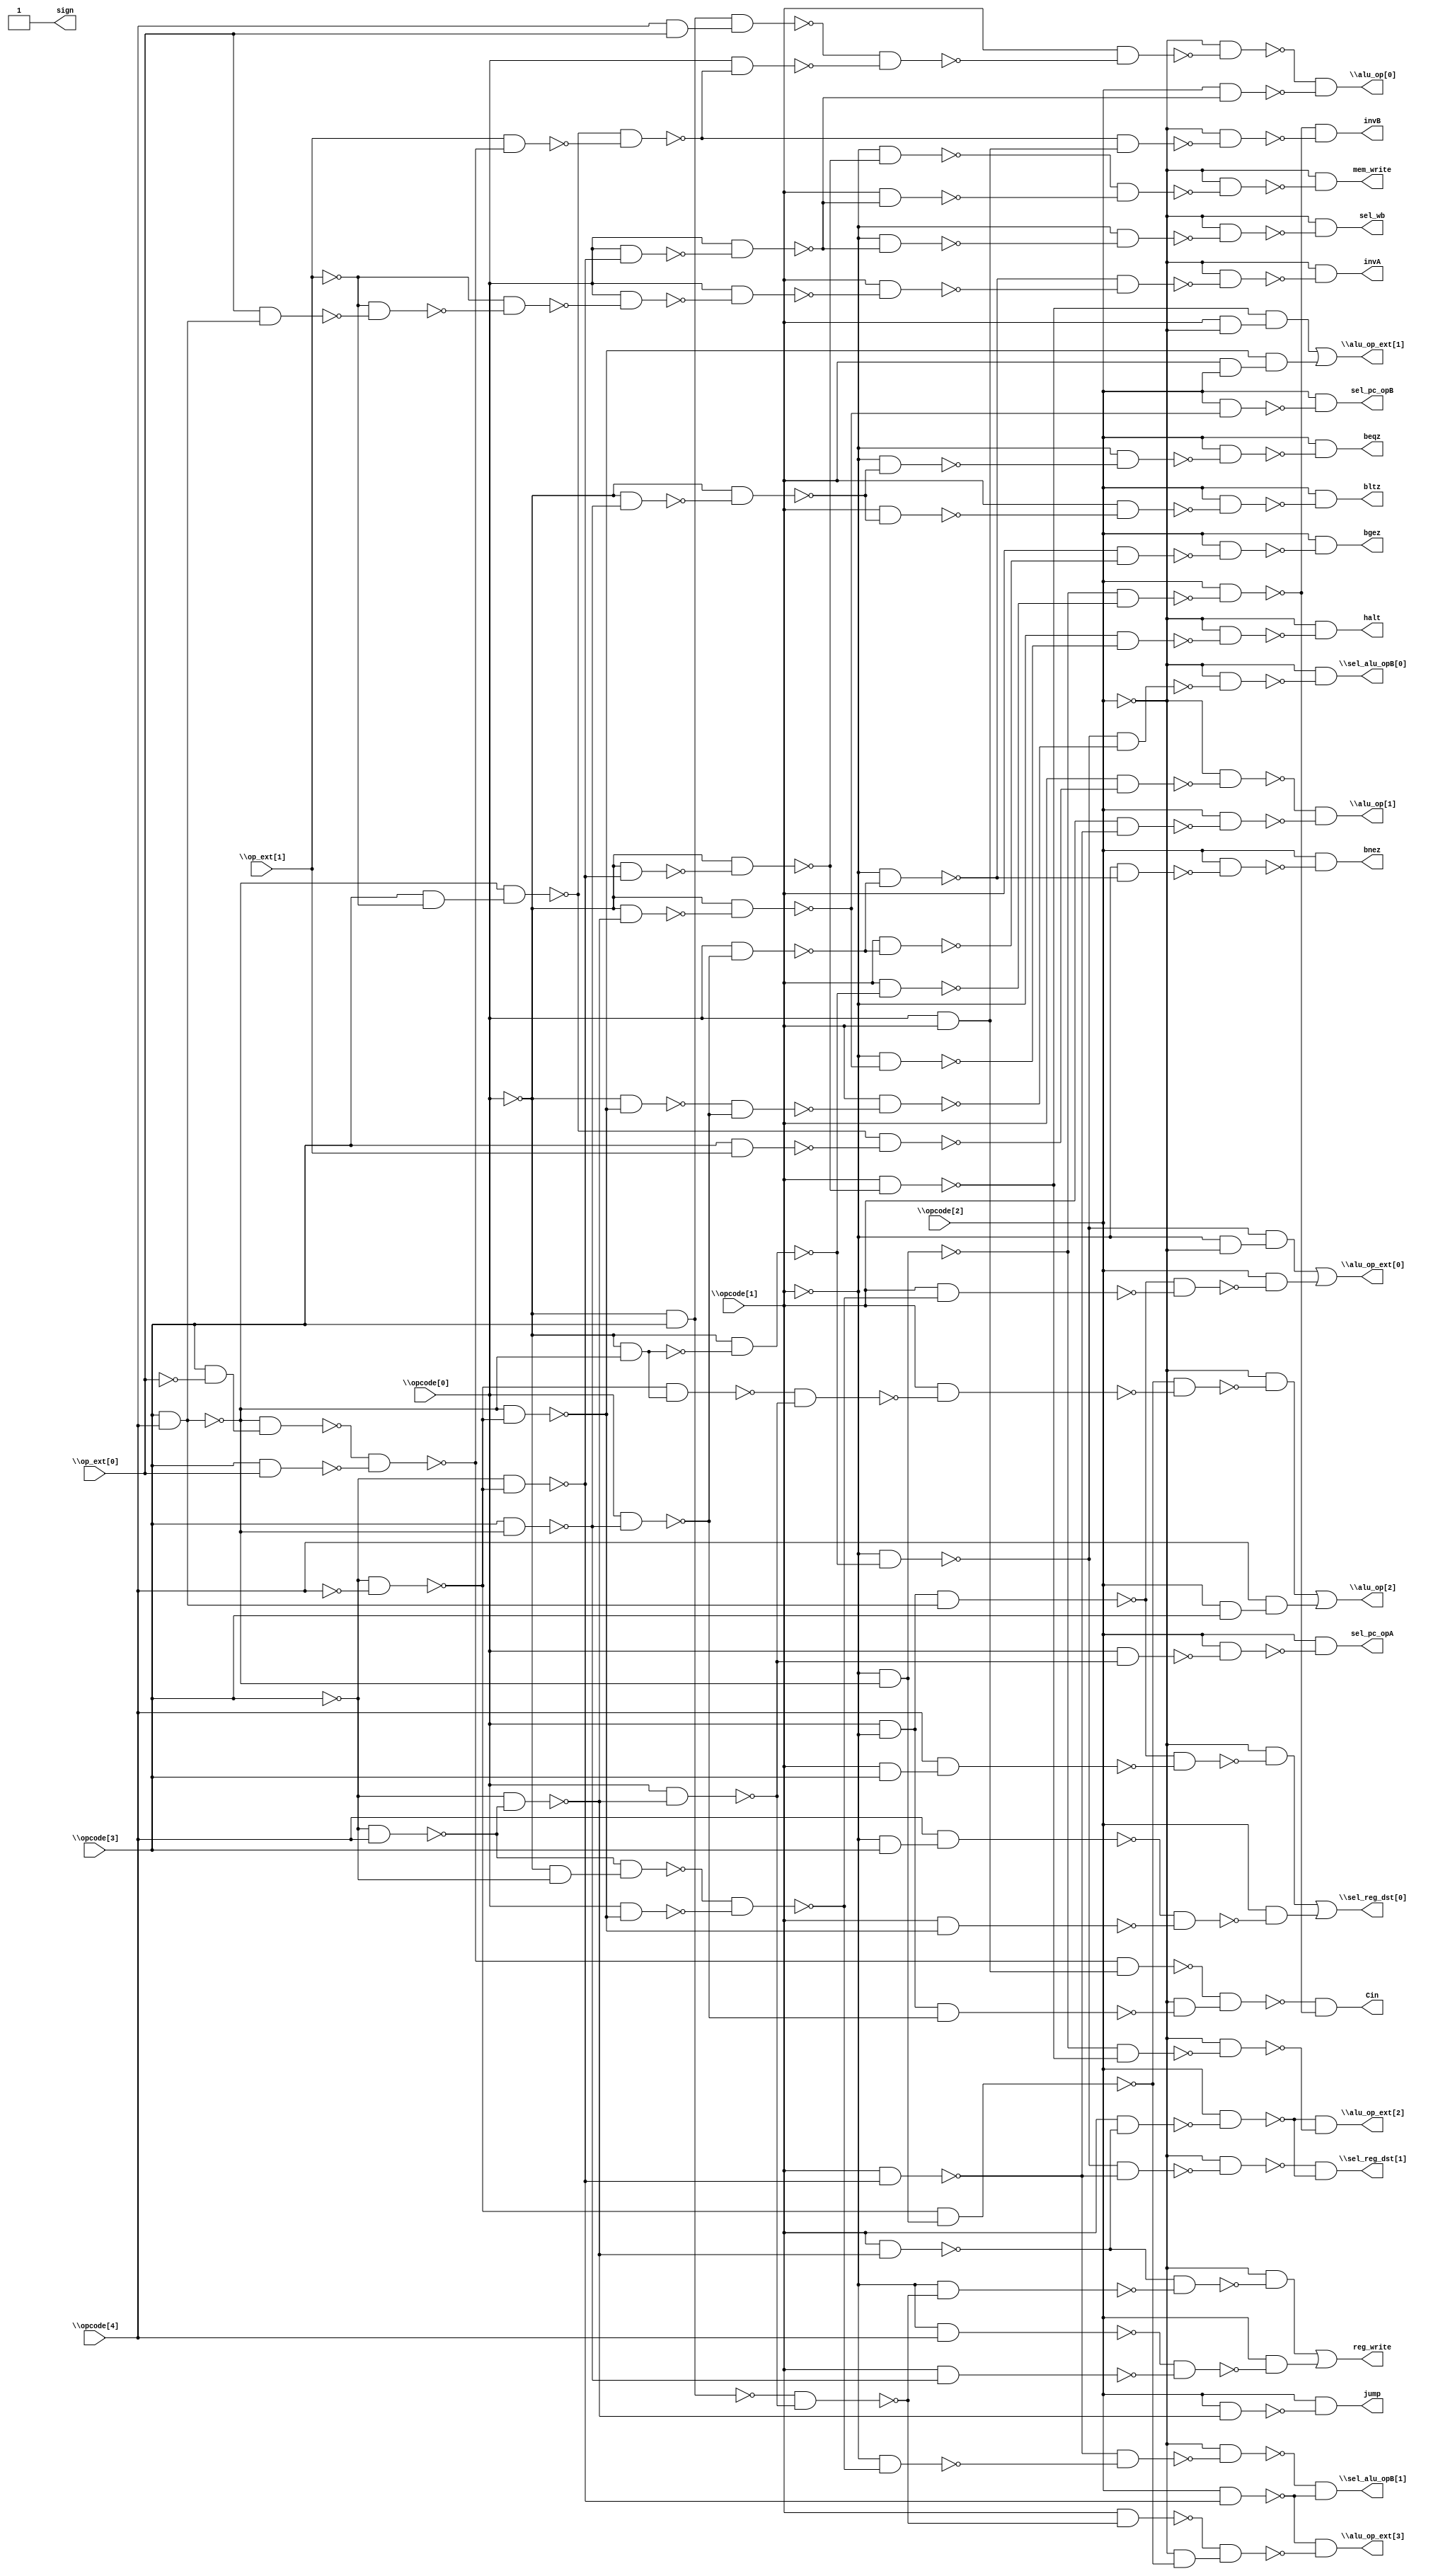
// This program was cloned from: https://github.com/circuitgraph/circuitgraph
// License: MIT License


// Generated by Cadence Genus(TM) Synthesis Solution 16.22-s033_1
// Generated on: Jan 17 2020 11:31:37 EST (Jan 17 2020 16:31:37 UTC)

// Verification Directory fv/ctrl

module ctrl(\opcode[0] , \opcode[1] , \opcode[2] , \opcode[3] ,
     \opcode[4] , \op_ext[0] , \op_ext[1] , \sel_reg_dst[0] ,
     \sel_reg_dst[1] , \sel_alu_opB[0] , \sel_alu_opB[1] , \alu_op[0] ,
     \alu_op[1] , \alu_op[2] , \alu_op_ext[0] , \alu_op_ext[1] ,
     \alu_op_ext[2] , \alu_op_ext[3] , halt, reg_write, sel_pc_opA,
     sel_pc_opB, beqz, bnez, bgez, bltz, jump, Cin, invA, invB, sign,
     mem_write, sel_wb);
  input \opcode[0] , \opcode[1] , \opcode[2] , \opcode[3] , \opcode[4]
       , \op_ext[0] , \op_ext[1] ;
  output \sel_reg_dst[0] , \sel_reg_dst[1] , \sel_alu_opB[0] ,
       \sel_alu_opB[1] , \alu_op[0] , \alu_op[1] , \alu_op[2] ,
       \alu_op_ext[0] , \alu_op_ext[1] , \alu_op_ext[2] ,
       \alu_op_ext[3] , halt, reg_write, sel_pc_opA, sel_pc_opB, beqz,
       bnez, bgez, bltz, jump, Cin, invA, invB, sign, mem_write, sel_wb;
  wire \opcode[0] , \opcode[1] , \opcode[2] , \opcode[3] , \opcode[4] ,
       \op_ext[0] , \op_ext[1] ;
  wire \sel_reg_dst[0] , \sel_reg_dst[1] , \sel_alu_opB[0] ,
       \sel_alu_opB[1] , \alu_op[0] , \alu_op[1] , \alu_op[2] ,
       \alu_op_ext[0] , \alu_op_ext[1] , \alu_op_ext[2] ,
       \alu_op_ext[3] , halt, reg_write, sel_pc_opA, sel_pc_opB, beqz,
       bnez, bgez, bltz, jump, Cin, invA, invB, sign, mem_write, sel_wb;
  wire n35, n36, n37, n38, n39, n40, n41, n42;
  wire n43, n44, n45, n46, n47, n48, n50, n51;
  wire n52, n53, n54, n55, n56, n57, n58, n59;
  wire n60, n61, n63, n64, n65, n66, n67, n68;
  wire n69, n71, n72, n73, n74, n75, n76, n77;
  wire n78, n80, n81, n82, n83, n84, n85, n86;
  wire n87, n88, n89, n90, n91, n92, n93, n94;
  wire n95, n96, n97, n99, n100, n101, n102, n103;
  wire n104, n106, n107, n108, n109, n110, n111, n112;
  wire n113, n114, n115, n117, n118, n119, n120, n121;
  wire n123, n124, n125, n126, n127, n128, n129, n131;
  wire n132, n134, n135, n136, n137, n139, n140, n141;
  wire n142, n143, n145, n146, n147, n148, n149, n150;
  wire n151, n153, n154, n156, n158, n159, n160, n161;
  wire n162, n164, n165, n166, n167, n169, n170, n171;
  wire n173, n174, n175, n177, n179, n180, n181, n182;
  wire n183, n184, n185, n186, n188, n189, n190, n191;
  wire n192, n193, n194, n195, n197, n198, n200, n201;
  wire n202, n203, n205, n206, n207, n_4, n_7, n_8;
  wire n_10, n_11, n_12, n_13, n_14, n_15, n_16, n_17;
  wire n_18, n_19, n_20, n_21, n_22, n_23, n_24, n_25;
  wire n_26, n_27, n_28, n_29, n_30, n_31, n_32, n_33;
  wire n_34, n_35, n_36, n_37, n_38, n_39, n_40, n_41;
  wire n_42, n_43, n_44, n_45, n_46, n_49, n_50, n_51;
  wire n_52, n_53, n_54, n_55, n_56, n_57, n_58, n_59;
  wire n_60, n_61, n_62, n_63, n_64, n_65, n_66, n_67;
  wire n_68, n_69, n_70, n_71, n_72, n_73, n_74, n_75;
  wire n_76, n_77, n_78, n_79, n_80, n_81, n_82, n_83;
  wire n_84, n_85, n_86, n_87, n_88, n_89, n_90, n_91;
  wire n_92, n_93, n_94, n_95, n_96, n_97, n_98, n_99;
  wire n_100, n_101, n_102, n_103, n_104, n_105, n_106, n_107;
  wire n_108, n_109, n_110, n_111, n_112, n_113, n_114, n_115;
  wire n_116, n_117, n_118, n_119, n_120, n_121, n_122, n_123;
  wire n_124, n_125, n_126, n_127, n_128, n_129, n_130, n_131;
  wire n_132, n_133, n_134, n_135, n_136, n_137, n_138, n_139;
  wire n_140;
  assign sign = 1'b1;
  not g1 (n_4, \opcode[1] );
  and g2 (n35, \opcode[0] , n_4);
  and g3 (n36, \opcode[3] , \opcode[4] );
  and g4 (n37, n35, n36);
  and g5 (n38, \opcode[1] , \opcode[3] );
  and g6 (n39, \opcode[4] , n38);
  not g7 (n_7, n37);
  not g8 (n_8, n39);
  and g9 (n40, n_7, n_8);
  not g10 (n_10, \opcode[2] );
  not g11 (n_11, n40);
  and g12 (n41, n_10, n_11);
  and g13 (n42, n_4, \opcode[3] );
  and g14 (n43, \opcode[4] , n42);
  not g15 (n_12, \opcode[3] );
  not g16 (n_13, \opcode[4] );
  and g17 (n44, n_12, n_13);
  not g18 (n_14, n36);
  not g19 (n_15, n44);
  and g20 (n45, n_14, n_15);
  not g21 (n_16, n45);
  and g22 (n46, \opcode[1] , n_16);
  not g23 (n_17, n43);
  not g24 (n_18, n46);
  and g25 (n47, n_17, n_18);
  not g26 (n_19, n47);
  and g27 (n48, \opcode[2] , n_19);
  or g28 (\sel_reg_dst[0] , n41, n48);
  not g29 (n_20, \opcode[0] );
  and g30 (n50, n_20, n_14);
  not g31 (n_21, n50);
  and g32 (n51, n_20, n_21);
  not g33 (n_22, n51);
  and g34 (n52, n_4, n_22);
  and g35 (n53, n_12, n_15);
  not g36 (n_23, n53);
  and g37 (n54, \opcode[1] , n_23);
  not g38 (n_24, n52);
  not g39 (n_25, n54);
  and g40 (n55, n_24, n_25);
  not g41 (n_26, n55);
  and g42 (n56, n_10, n_26);
  and g43 (n57, n_12, \opcode[4] );
  not g44 (n_27, n57);
  and g45 (n58, n_12, n_27);
  not g46 (n_28, n58);
  and g47 (n59, \opcode[1] , n_28);
  not g48 (n_29, n59);
  and g49 (n60, \opcode[1] , n_29);
  not g50 (n_30, n60);
  and g51 (n61, \opcode[2] , n_30);
  not g52 (n_31, n56);
  not g53 (n_32, n61);
  and g54 (\sel_reg_dst[1] , n_31, n_32);
  and g55 (n63, n_20, n_16);
  and g56 (n64, \opcode[3] , n_14);
  not g57 (n_33, n64);
  and g58 (n65, \opcode[0] , n_33);
  not g59 (n_34, n63);
  not g60 (n_35, n65);
  and g61 (n66, n_34, n_35);
  not g62 (n_36, n66);
  and g63 (n67, \opcode[1] , n_36);
  not g64 (n_37, n67);
  and g65 (n68, n_24, n_37);
  not g66 (n_38, n68);
  and g67 (n69, n_10, n_38);
  not g68 (n_39, n69);
  and g69 (\sel_alu_opB[0] , n_10, n_39);
  and g70 (n71, n_20, n_12);
  and g71 (n72, n_27, n71);
  and g72 (n73, \opcode[0] , n_16);
  not g73 (n_40, n72);
  not g74 (n_41, n73);
  and g75 (n74, n_40, n_41);
  not g76 (n_42, n74);
  and g77 (n75, n_4, n_42);
  not g78 (n_43, n75);
  and g79 (n76, n_25, n_43);
  not g80 (n_44, n76);
  and g81 (n77, n_10, n_44);
  and g82 (n78, \opcode[2] , n_23);
  not g83 (n_45, n77);
  not g84 (n_46, n78);
  and g85 (\sel_alu_opB[1] , n_45, n_46);
  and g86 (n80, n_20, \opcode[3] );
  and g87 (n81, \opcode[4] , \op_ext[0] );
  and g88 (n82, n80, n81);
  not g89 (n_49, \op_ext[1] );
  and g90 (n83, \opcode[3] , n_49);
  and g91 (n84, n_14, n83);
  not g92 (n_50, \op_ext[0] );
  and g93 (n85, \opcode[3] , n_50);
  and g94 (n86, n_14, n85);
  and g95 (n87, \opcode[3] , \op_ext[0] );
  not g96 (n_51, n86);
  not g97 (n_52, n87);
  and g98 (n88, n_51, n_52);
  not g99 (n_53, n88);
  and g100 (n89, \op_ext[1] , n_53);
  not g101 (n_54, n84);
  not g102 (n_55, n89);
  and g103 (n90, n_54, n_55);
  not g104 (n_56, n90);
  and g105 (n91, \opcode[0] , n_56);
  not g106 (n_57, n82);
  not g107 (n_58, n91);
  and g108 (n92, n_57, n_58);
  not g109 (n_59, n92);
  and g110 (n93, \opcode[1] , n_59);
  not g111 (n_60, n93);
  and g112 (n94, n_10, n_60);
  and g113 (n95, \opcode[0] , n_23);
  not g114 (n_61, n95);
  and g115 (n96, \opcode[0] , n_61);
  not g116 (n_62, n96);
  and g117 (n97, \opcode[2] , n_62);
  not g118 (n_63, n94);
  not g119 (n_64, n97);
  and g120 (\alu_op[0] , n_63, n_64);
  and g121 (n99, \opcode[3] , \op_ext[1] );
  not g122 (n_65, n99);
  and g123 (n100, n_54, n_65);
  not g124 (n_66, n100);
  and g125 (n101, \opcode[1] , n_66);
  not g126 (n_67, n101);
  and g127 (n102, n_10, n_67);
  and g128 (n103, \opcode[1] , n_25);
  not g129 (n_68, n103);
  and g130 (n104, \opcode[2] , n_68);
  not g131 (n_69, n102);
  not g132 (n_70, n104);
  and g133 (\alu_op[1] , n_69, n_70);
  and g134 (n106, n_4, n_14);
  and g135 (n107, n_15, n106);
  and g136 (n108, n_15, n50);
  and g137 (n109, \opcode[0] , n_28);
  not g138 (n_71, n108);
  not g139 (n_72, n109);
  and g140 (n110, n_71, n_72);
  not g141 (n_73, n110);
  and g142 (n111, \opcode[1] , n_73);
  not g143 (n_74, n107);
  not g144 (n_75, n111);
  and g145 (n112, n_74, n_75);
  not g146 (n_76, n112);
  and g147 (n113, n_10, n_76);
  and g148 (n114, \opcode[2] , \opcode[3] );
  and g149 (n115, \opcode[4] , n114);
  or g150 (\alu_op[2] , n113, n115);
  and g151 (n117, n_4, n_10);
  and g152 (n118, n_24, n117);
  and g153 (n119, \opcode[1] , n_42);
  not g154 (n_77, n119);
  and g155 (n120, n_7, n_77);
  not g156 (n_78, n120);
  and g157 (n121, \opcode[2] , n_78);
  or g158 (\alu_op_ext[0] , n118, n121);
  and g159 (n123, n_20, n_23);
  not g160 (n_79, n123);
  and g161 (n124, n_20, n_79);
  not g162 (n_80, n124);
  and g163 (n125, \opcode[1] , n_80);
  and g164 (n126, \opcode[1] , n_10);
  not g165 (n_81, n125);
  and g166 (n127, n_81, n126);
  and g167 (n128, \opcode[1] , \opcode[2] );
  and g168 (n129, n_16, n128);
  or g169 (\alu_op_ext[1] , n127, n129);
  not g170 (n_82, n106);
  and g171 (n131, n_82, n_81);
  not g172 (n_83, n131);
  and g173 (n132, n_10, n_83);
  not g174 (n_84, n132);
  and g175 (\alu_op_ext[2] , n_32, n_84);
  not g176 (n_85, n80);
  and g177 (n134, n_85, n_72);
  not g178 (n_86, n134);
  and g179 (n135, \opcode[1] , n_86);
  and g180 (n136, n_10, n_74);
  not g181 (n_87, n135);
  and g182 (n137, n_87, n136);
  not g183 (n_88, n137);
  and g184 (\alu_op_ext[3] , n_46, n_88);
  and g185 (n139, n_20, n_28);
  not g186 (n_89, n139);
  and g187 (n140, n_20, n_89);
  not g188 (n_90, n140);
  and g189 (n141, n_4, n_90);
  not g190 (n_91, n141);
  and g191 (n142, n_4, n_91);
  not g192 (n_92, n142);
  and g193 (n143, n_10, n_92);
  not g194 (n_93, n143);
  and g195 (halt, n_10, n_93);
  and g196 (n145, n_4, n_86);
  not g197 (n_94, n145);
  and g198 (n146, n_29, n_94);
  not g199 (n_95, n146);
  and g200 (n147, n_10, n_95);
  and g201 (n148, n_4, \opcode[4] );
  and g202 (n149, \opcode[1] , n_33);
  not g203 (n_96, n148);
  not g204 (n_97, n149);
  and g205 (n150, n_96, n_97);
  not g206 (n_98, n150);
  and g207 (n151, \opcode[2] , n_98);
  or g208 (reg_write, n147, n151);
  and g209 (n153, \opcode[0] , n_72);
  not g210 (n_99, n153);
  and g211 (n154, \opcode[2] , n_99);
  not g212 (n_100, n154);
  and g213 (sel_pc_opA, \opcode[2] , n_100);
  and g214 (n156, \opcode[2] , n_90);
  not g215 (n_101, n156);
  and g216 (sel_pc_opB, \opcode[2] , n_101);
  and g217 (n158, n_20, n_33);
  not g218 (n_102, n158);
  and g219 (n159, n_20, n_102);
  not g220 (n_103, n159);
  and g221 (n160, n_4, n_103);
  not g222 (n_104, n160);
  and g223 (n161, n_4, n_104);
  not g224 (n_105, n161);
  and g225 (n162, \opcode[2] , n_105);
  not g226 (n_106, n162);
  and g227 (beqz, \opcode[2] , n_106);
  and g228 (n164, \opcode[0] , n_35);
  not g229 (n_107, n164);
  and g230 (n165, n_4, n_107);
  not g231 (n_108, n165);
  and g232 (n166, n_4, n_108);
  not g233 (n_109, n166);
  and g234 (n167, \opcode[2] , n_109);
  not g235 (n_110, n167);
  and g236 (bnez, \opcode[2] , n_110);
  and g237 (n169, \opcode[1] , n_107);
  not g238 (n_111, n169);
  and g239 (n170, \opcode[1] , n_111);
  not g240 (n_112, n170);
  and g241 (n171, \opcode[2] , n_112);
  not g242 (n_113, n171);
  and g243 (bgez, \opcode[2] , n_113);
  and g244 (n173, \opcode[1] , n_103);
  not g245 (n_114, n173);
  and g246 (n174, \opcode[1] , n_114);
  not g247 (n_115, n174);
  and g248 (n175, \opcode[2] , n_115);
  not g249 (n_116, n175);
  and g250 (bltz, \opcode[2] , n_116);
  and g251 (n177, \opcode[2] , n_28);
  not g252 (n_117, n177);
  and g253 (jump, \opcode[2] , n_117);
  and g254 (n179, \opcode[0] , \opcode[1] );
  and g255 (n180, n_53, n179);
  and g256 (n181, n35, n_35);
  not g257 (n_118, n181);
  and g258 (n182, n_10, n_118);
  not g259 (n_119, n180);
  and g260 (n183, n_119, n182);
  and g261 (n184, \opcode[1] , n_22);
  not g262 (n_120, n184);
  and g263 (n185, n_82, n_120);
  not g264 (n_121, n185);
  and g265 (n186, \opcode[2] , n_121);
  not g266 (n_122, n183);
  not g267 (n_123, n186);
  and g268 (Cin, n_122, n_123);
  and g269 (n188, \op_ext[0] , n36);
  not g270 (n_124, n188);
  and g271 (n189, n_49, n_124);
  not g272 (n_125, n189);
  and g273 (n190, n_49, n_125);
  not g274 (n_126, n190);
  and g275 (n191, \opcode[0] , n_126);
  not g276 (n_127, n191);
  and g277 (n192, \opcode[0] , n_127);
  not g278 (n_128, n192);
  and g279 (n193, \opcode[1] , n_128);
  not g280 (n_129, n193);
  and g281 (n194, n_108, n_129);
  not g282 (n_130, n194);
  and g283 (n195, n_10, n_130);
  not g284 (n_131, n195);
  and g285 (invA, n_10, n_131);
  and g286 (n197, n_56, n179);
  not g287 (n_132, n197);
  and g288 (n198, n_10, n_132);
  not g289 (n_133, n198);
  and g290 (invB, n_123, n_133);
  and g291 (n200, n_4, n_80);
  and g292 (n201, \opcode[1] , n_62);
  not g293 (n_134, n200);
  not g294 (n_135, n201);
  and g295 (n202, n_134, n_135);
  not g296 (n_136, n202);
  and g297 (n203, n_10, n_136);
  not g298 (n_137, n203);
  and g299 (mem_write, n_10, n_137);
  and g300 (n205, n_4, n_62);
  not g301 (n_138, n205);
  and g302 (n206, n_4, n_138);
  not g303 (n_139, n206);
  and g304 (n207, n_10, n_139);
  not g305 (n_140, n207);
  and g306 (sel_wb, n_10, n_140);
endmodule